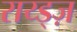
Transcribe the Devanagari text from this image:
राय्ड्ज़